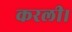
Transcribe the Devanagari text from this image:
करली।